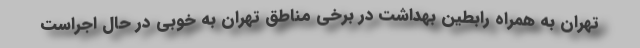
تهران به همراه رابطین بهداشت در برخی مناطق تهران به خوبی در حال اجراست